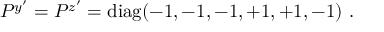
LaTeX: P ^ { y ^ { \prime } } = P ^ { z ^ { \prime } } = \mathrm { d i a g } ( - 1 , - 1 , - 1 , + 1 , + 1 , - 1 ) ~ . ~ \,